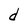
Character: d